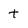
Character: t